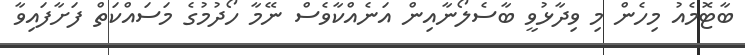
ބާޓޮމެއު މިހެން މި ވިދާޅުވީ ބާސެލޯނާއިން އަނެއްކާވެސް ނޭމާ ހޯދުމުގެ މަސައްކަތް ފަށާފައިވާ